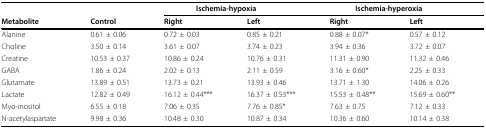
<table><thead><tr><td></td><td></td><td colspan="2"><b>Ischemia-hypoxia</b></td><td colspan="2"><b>Ischemia-hyperoxia</b></td></tr><tr><td><b>Metabolite</b></td><td><b>Control</b></td><td><b>Right</b></td><td><b>Left</b></td><td><b>Right</b></td><td><b>Left</b></td></tr></thead><tbody><tr><td>Alanine</td><td>0.61 ± 0.06</td><td>0.72 ± 0.03</td><td>0.85 ± 0.21</td><td>0.88 ± 0.07*</td><td>0.57 ± 0.12</td></tr><tr><td>Choline</td><td>3.50 ± 0.14</td><td>3.61 ± 0.07</td><td>3.74 ± 0.23</td><td>3.94 ± 0.36</td><td>3.72 ± 0.07</td></tr><tr><td>Creatine</td><td>10.53 ± 0.37</td><td>10.86 ± 0.24</td><td>10.76 ± 0.31</td><td>11.31 ± 0.90</td><td>11.32 ± 0.46</td></tr><tr><td>GABA</td><td>1.86 ± 0.24</td><td>2.02 ± 0.13</td><td>2.11 ± 0.59</td><td>3.16 ± 0.60*</td><td>2.25 ± 0.33</td></tr><tr><td>Glutamate</td><td>13.89 ± 0.51</td><td>13.73 ± 0.21</td><td>13.93 ± 0.46</td><td>13.71 ± 1.30</td><td>14.06 ± 0.26</td></tr><tr><td>Lactate</td><td>12.82 ± 0.49</td><td>16.12 ± 0.44***</td><td>16.37 ± 0.53***</td><td>15.53 ± 0.48**</td><td>15.69 ± 0.60**</td></tr><tr><td>Myo-inositol</td><td>6.55 ± 0.18</td><td>7.06 ± 0.35</td><td>7.76 ± 0.85*</td><td>7.63 ± 0.75</td><td>7.12 ± 0.33</td></tr><tr><td>N-acetylaspartate</td><td>9.98 ± 0.36</td><td>10.48 ± 0.30</td><td>10.87 ± 0.34</td><td>10.36 ± 0.60</td><td>10.14 ± 0.38</td></tr></tbody></table>